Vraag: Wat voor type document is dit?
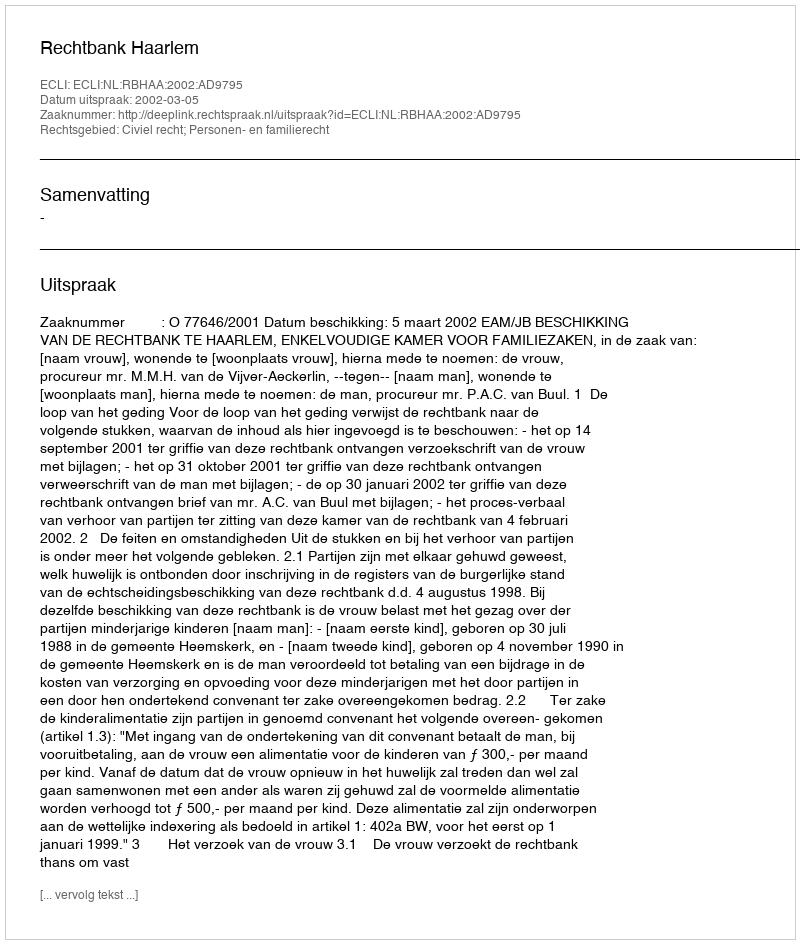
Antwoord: Uitspraak